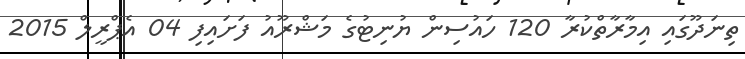
ތިނަދޫގައި އިމާރާތްކުރާ 120 ހައުސިން ޔުނިޓުގެ މަޝްރޫއު ފަށައިފި 04 އެޕްރީލް 2015